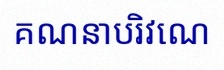
គណនាបរិវេណ